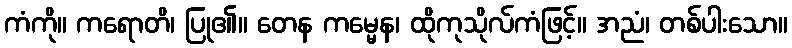
ကံကို။ ကရောတိ၊ ပြု၏။ တေန ကမ္မေန၊ ထိုကုသိုလ်ကံဖြင့်။ အညံ၊ တစ်ပါးသော။